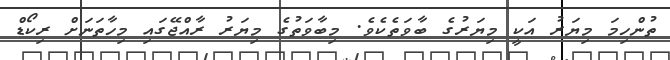
ތުންހިމަ މިޔަރު އަކީ މިޔަރުގެ ބާވަތެކެވެ. މިބާވަތުގެ މިޔަރު ރާއްޖޭގައި މިހާތަނަށް ރިކޯޑް